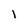
Character: i